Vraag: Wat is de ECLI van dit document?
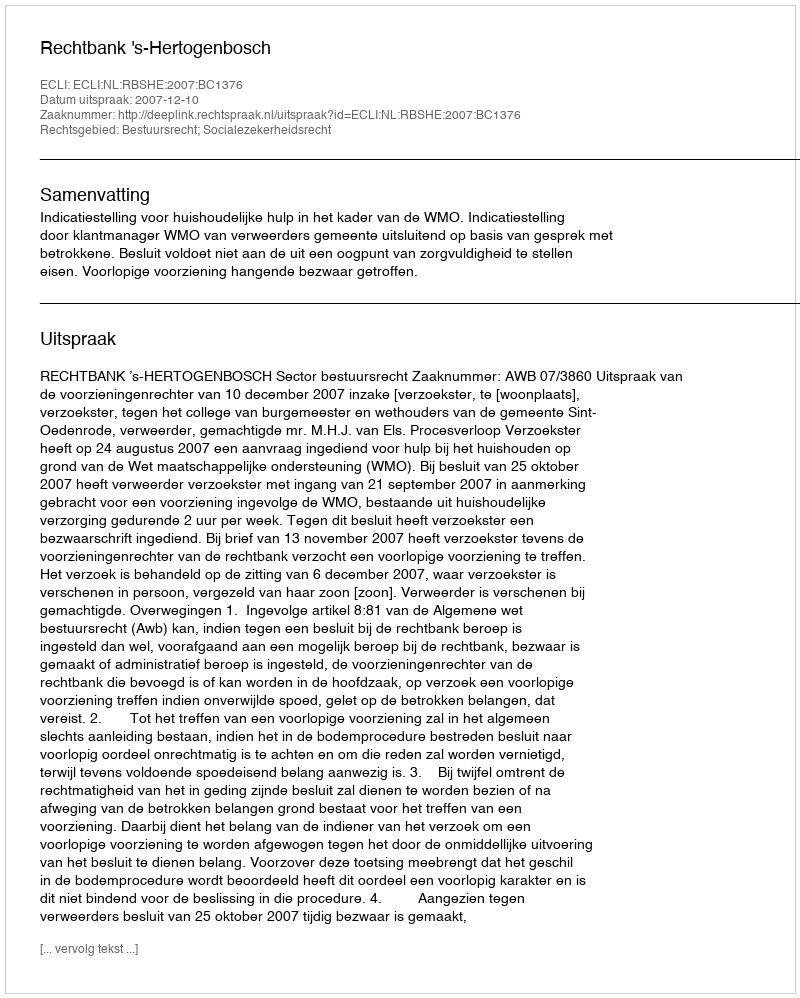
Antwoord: ECLI:NL:RBSHE:2007:BC1376